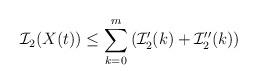
LaTeX: \begin{align*}{\cal{I}}_2(X(t))\leq \sum_{k=0}^m \left( {\cal{I}}_2'(k)+{\cal{I}}_2''(k) \right) \end{align*}